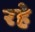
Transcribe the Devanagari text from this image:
रहेे